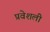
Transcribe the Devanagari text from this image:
प्रवेशली